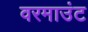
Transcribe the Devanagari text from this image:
वरमाउंट